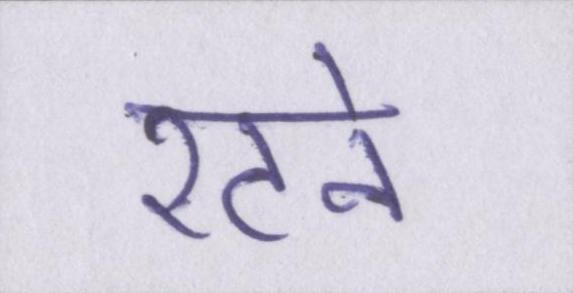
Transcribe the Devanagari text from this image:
रटने